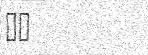
٢٠